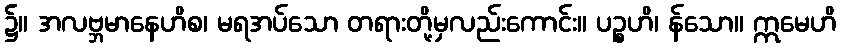
၌။ အလဗ္ဘမာနေဟိစ၊ မရအပ်သော တရားတို့မှလည်းကောင်း။ ပဉ္စဟိ၊ န်သော။ ဣမေဟိ